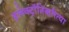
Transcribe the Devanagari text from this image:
इलेक्ट्रॉनिकरित्या